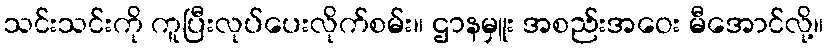
သင်းသင်းကို ကူပြီးလုပ်ပေးလိုက်စမ်း။ ဌာနမှူး အစည်းအဝေး မီအောင်လို့။